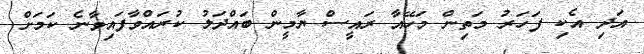
އަދި އެކި ފަހަރު މަތިން މަހޭއާ ރައީސް ޔާމީން ބައްދަލު ކުރައްވާފައިވާނެ ކަމަށް